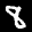
Label: 8